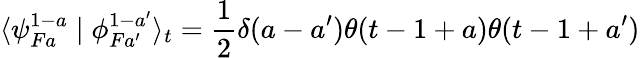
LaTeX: \langle\psi_{Fa}^{1-a}\mid\phi_{Fa^{\prime}}^{1-a^{\prime}}\rangle_{t}=\frac{1}{2}\delta(a-a^{\prime})\theta(t-1+a)\theta(t-1+a^{\prime})